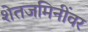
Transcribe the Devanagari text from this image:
शेतजमिनींवर